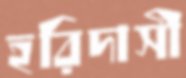
হরিদাসী